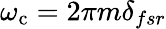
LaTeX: \omega_{\mathrm{c}}=2\pi m\delta_{fsr}